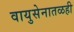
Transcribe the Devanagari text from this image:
वायुसेनातळही